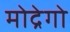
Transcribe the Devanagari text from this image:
मोद्रेगो